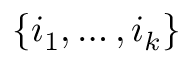
\{ i _ { 1 } , \ldots , i _ { k } \}